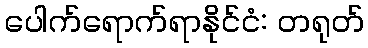
ပေါက်ရောက်ရာနိုင်ငံ: တရုတ်